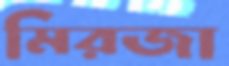
মিরজা